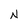
Character: N